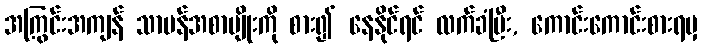
အကြွင်းအကျန် သာမန်အစာမျိုးကို စား၍ နေနိုင်ရင် လက်ခံပြီး, ကောင်းကောင်းစားရမှ